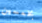
بخمسين